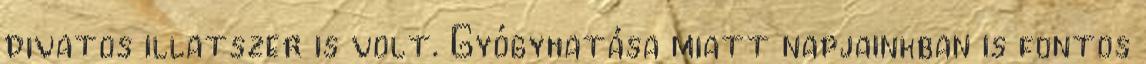
divatos illatszer is volt. Gyógyhatása miatt napjainkban is fontos